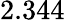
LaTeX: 2.344